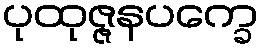
ပုထုဇ္ဇနပက္ခေ